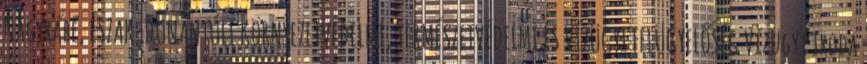
Nagyrábé, ÉSZAK-DUNÁNTÚLI KÖRNYEZETVÉDELMI, TERMÉSZETVÉDELMI ÉS VÍZÜGYI FELÜGYELŐSÉG Vízügyi Iroda